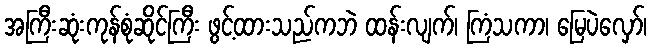
အကြီးဆုံးကုန်စုံဆိုင်ကြီး ဖွင့်ထားသည်ကဘဲ ထန်းလျက်၊ ကြံသကာ၊ မြေပဲလှော်၊